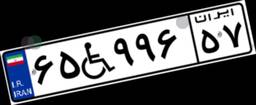
۶۵W۹۹۶۵۷